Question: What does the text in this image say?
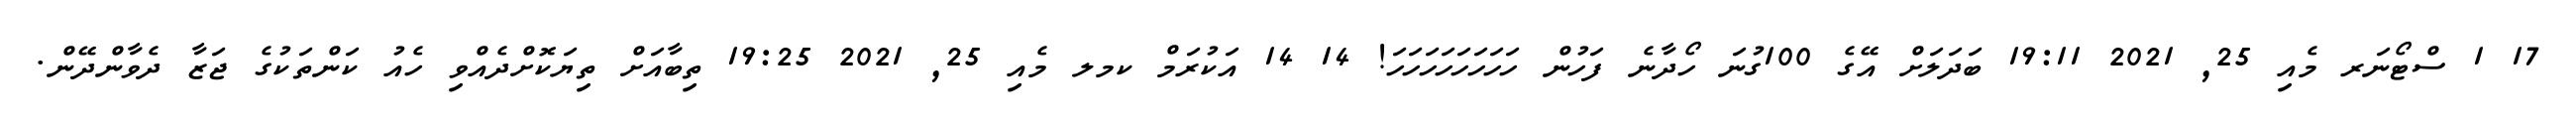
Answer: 17 1 ސްޓޯނަރ މެއި 25, 2021 19:11 ބަދަލަށް އޭގެ 100ގުނަ ހޯދާނެ ފަހުން ހަހަހަހަހަހަހަހަ! 14 14 އަކުރަމް ކމލ މެއި 25, 2021 19:25 ތިބާއަށް ތިޔަކޮށްދެއްވި ހެއު ކަންތަކުގެ ޖަޒާ ދެވާންދޭން.